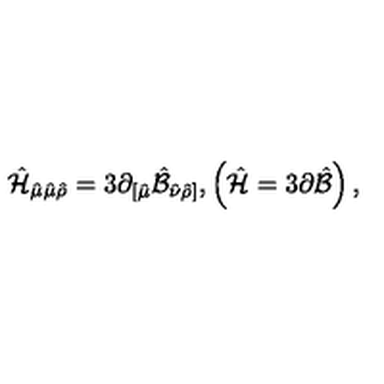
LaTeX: \hat { \cal H } _ { \hat { \mu } \hat { \mu } \hat { \rho } } = 3 \partial _ { [ \hat { \mu } } \hat { \cal B } _ { \hat { \nu } \hat { \rho } ] } , \left( \hat { \cal H } = 3 \partial \hat { \cal B } \right) ,